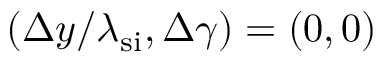
( \Delta y / \lambda _ { \mathrm { s i } } , \Delta \gamma ) = ( 0 , 0 )